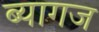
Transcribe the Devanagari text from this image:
ब्यागज